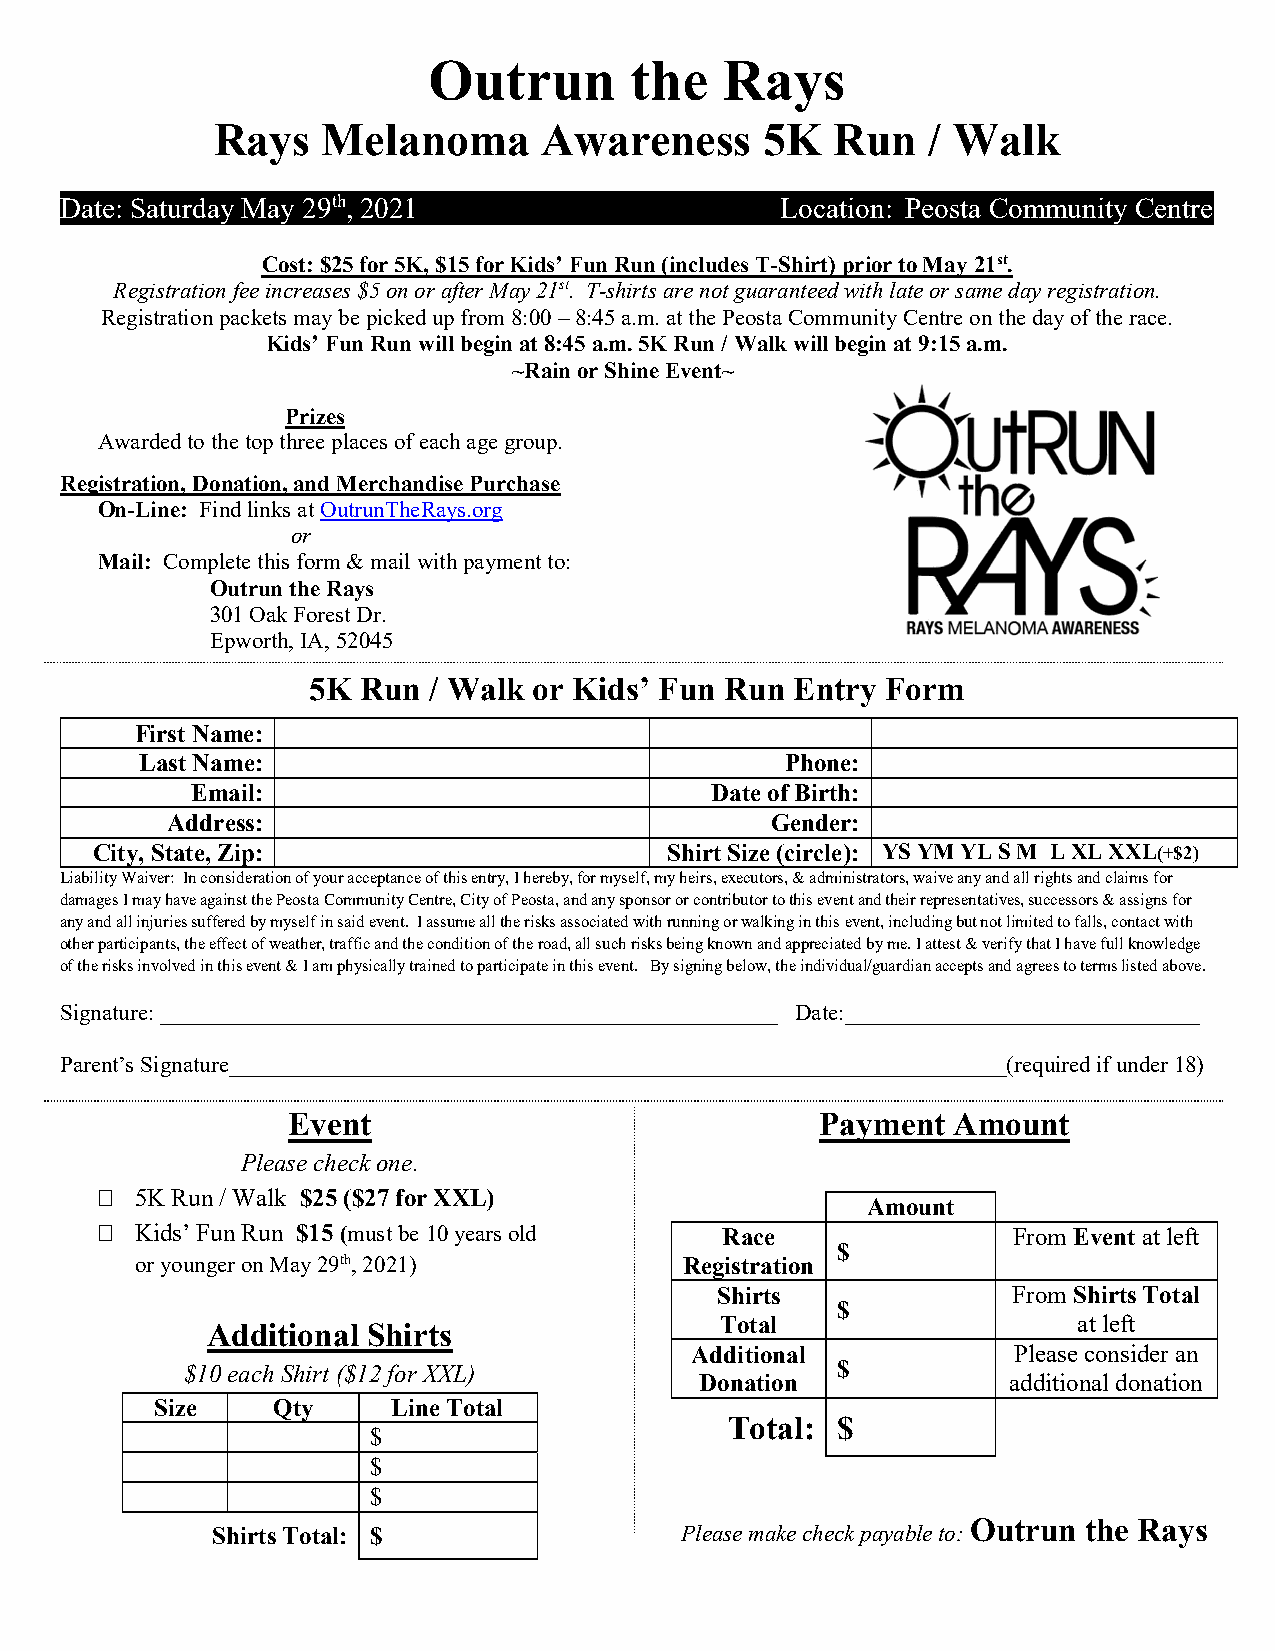
Outrun        the   Rays
 Rays   Melanoma       Awareness      5K  Run    / Walk
 Date: Saturday May 29th, 2021                   Location: Peosta Community Centre
 Cost: $25 for 5K, $15 for Kids’ Fun Run (includes T-Shirt) prior to May 21st.
 Registration fee increases $5 on or after May 21st. T-shirts are not guaranteed with late or same day registration.
 Registration packets may be picked up from 8:00 – 8:45 a.m. at the Peosta Community Centre on the day of the race.
 Kids’ Fun Run will begin at 8:45 a.m. 5K Run / Walk will begin at 9:15 a.m.
 ~Rain or Shine Event~
 Prizes
 Awarded to the top three places of each age group.
 Registration, Donation, and Merchandise Purchase
 On-Line: Find links at OutrunTheRays.org
 or
 Mail: Complete this form & mail with payment to:
 Outrun the Rays
 301 Oak Forest Dr.
 Epworth, IA, 52045
 5K  Run / Walk or Kids’ Fun Run  Entry Form
 First Name:
 Last Name:                                 Phone:
 Email:                            Date of Birth:
 Address:                                Gender:
 City, State, Zip:                     Shirt Size (circle): YS YM YL S M L XL XXL(+$2)
 Liability Waiver: In consideration of your acceptance of this entry, I hereby, for myself, my heirs, executors, & administrators, waive any and all rights and claims for
 damages I may have against the Peosta Community Centre, City of Peosta, and any sponsor or contributor to this event and their representatives, successors & assigns for
 any and all injuries suffered by myself in said event. I assume all the risks associated with running or walking in this event, including but not limited to falls, contact with
 other participants, the effect of weather, traffic and the condition of the road, all such risks being known and appreciated by me. I attest & verify that I have full knowledge
 of the risks involved in this event & I am physically trained to participate in this event. By signing below, the individual/guardian accepts and agrees to terms listed above.
 Signature: ______________________________________________________ Date:_______________________________
 Parent’s Signature____________________________________________________________________(required if under 18)
 Event                              Payment  Amount
 Please check one.
   5K Run / Walk $25 ($27 for XXL)
 Amount
   Kids’ Fun Run $15 (must be 10 years old Race              From Event at left
 $
 or younger on May 29th, 2021)       Registration
 Shirts              From Shirts Total
 $
 Total                  at left
 Additional Shirts
 Additional           Please consider an
 $10 each Shirt ($12 for XXL)               $
 Donation             additional donation
 Size    Qty     Line Total
 Total: $
 $
 $
 $
 Outrun  the Rays
 Shirts Total: $                Please make check payable to: